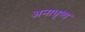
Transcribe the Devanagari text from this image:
अनाधृष्य